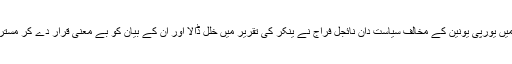
برطانیہ میں یورپی یونین کے مخالف سیاست دان نائجل فراج نے ینکر کی تقریر میں خلل ڈالا اور ان کے بیان کو بے معنی قرار دے کر مسترد کر دیا۔